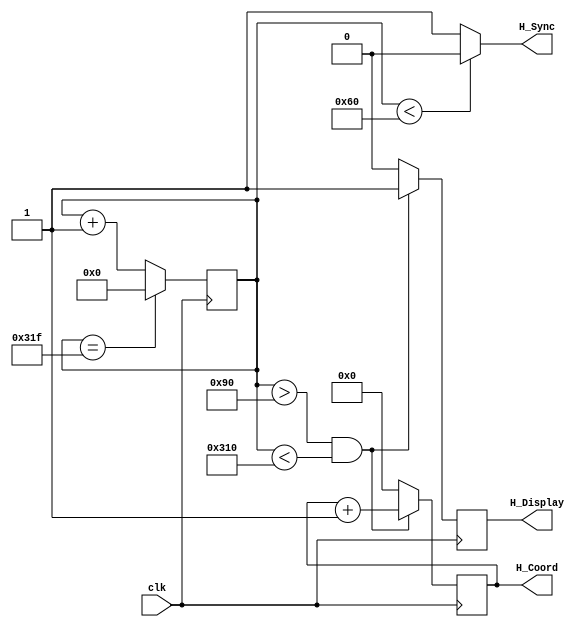
module Module_HorizontalSync(  input clk,		//25 MHz
	 
										 output H_Sync,
										 output reg H_Display,
										 output reg [9:0] H_Coord); //Coordinates from 0 to 639

reg [10:0] counter; 

always@(posedge clk) begin
	if(counter == 11'd799)	//800 = Total number of clocks needed for the Horizontal Sync
	begin
		counter = 11'b0;
	end else	begin
		counter = counter + 1'b1;
	end
end

assign H_Sync = (counter < 11'd96)? 0 : 1;	//96 = Clocks in the Pulse Width for the Horizontal Sync

always@(posedge clk) begin
	if((counter > 11'd144) && (counter < 11'd784))	//Display area: from 144 to 784 clocks
	begin
		H_Display <= 1'b1;
		H_Coord <= H_Coord + 1'b1;
	end else begin
		H_Coord <= 7'b0;
      H_Display <= 0;
	end
end

endmodule